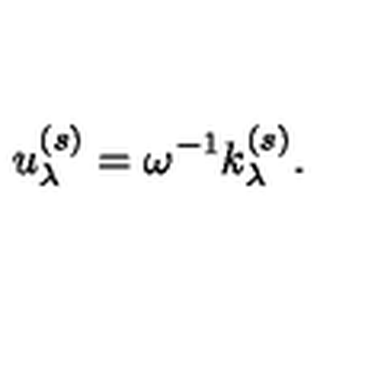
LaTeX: u _ { \lambda } ^ { ( s ) } = \omega ^ { - 1 } k _ { \lambda } ^ { ( s ) } .